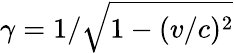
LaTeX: \gamma=1/\sqrt{1-(v/c)^{2}}